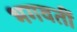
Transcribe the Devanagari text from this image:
भगवतीं